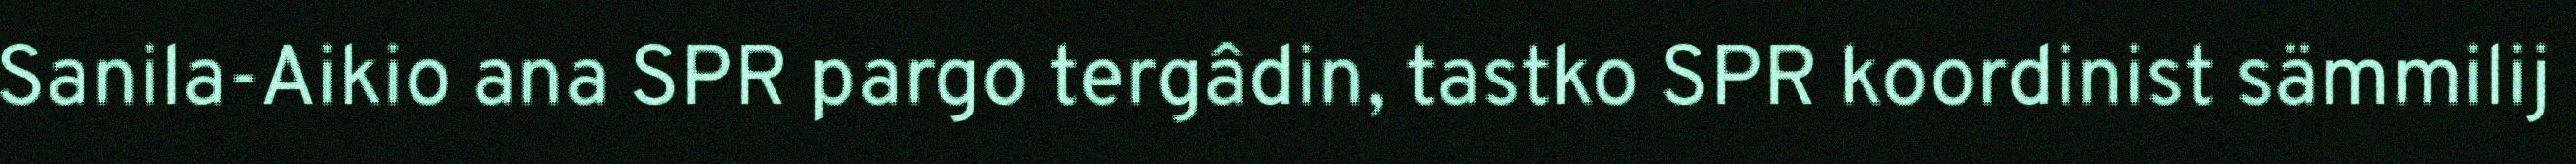
Sanila-Aikio ana SPR pargo tergâdin, tastko SPR koordinist sämmilij